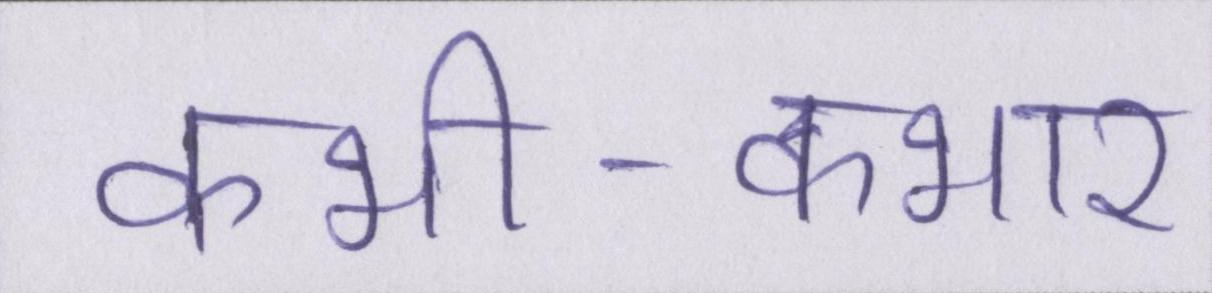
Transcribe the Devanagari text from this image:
कभी-कभार